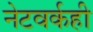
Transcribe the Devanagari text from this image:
नेटवर्कही